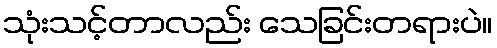
သုံးသင့်တာလည်း သေခြင်းတရားပဲ။